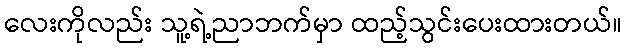
လေးကိုလည်း သူ့ရဲ့ညာဘက်မှာ ထည့်သွင်းပေးထားတယ်။